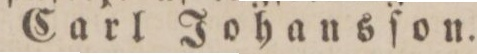
Carl Johansſon.